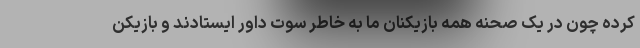
کرده چون در یک صحنه همه بازیکنان ما به خاطر سوت داور ایستادند و بازیکن